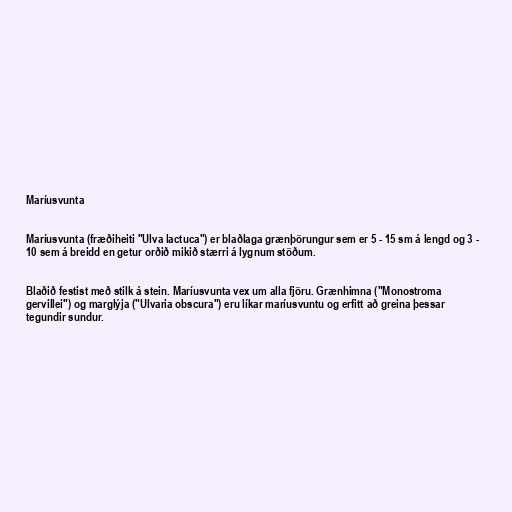
Maríusvunta

Maríusvunta (fræðiheiti "Ulva lactuca") er blaðlaga grænþörungur sem er 5 - 15 sm á lengd og 3 -
10 sem á breidd en getur orðið mikið stærri á lygnum stöðum.

Blaðið festist með stilk á stein. Maríusvunta vex um alla fjöru. Grænhimna ("Monostroma
gervillei") og marglýja ("Ulvaria obscura") eru líkar maríusvuntu og erfitt að greina þessar
tegundir sundur.